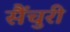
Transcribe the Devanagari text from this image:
सैंचुरी